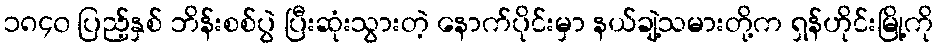
၁၈၄၀ ပြည့်နှစ် ဘိန်းစစ်ပွဲ ပြီးဆုံးသွားတဲ့ နောက်ပိုင်းမှာ နယ်ချဲ့သမားတို့က ရှန်ဟိုင်းမြို့ကို